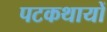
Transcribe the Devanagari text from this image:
पटकथायों